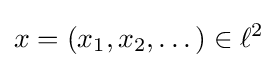
x=(x_{1},x_{2},\dots )\in \ell ^{2}